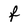
Character: f